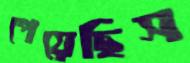
পেয়েছিস